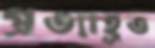
প্রত্যাহূত